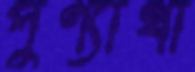
পুণ্যার্থী